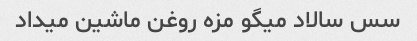
سس سالاد میگو مزه روغن ماشین میداد